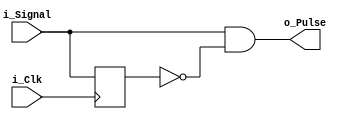
module Rising_Edge_Detector (
  input i_Clk,
  input i_Signal,
  output o_Pulse
  );
  
  reg r_Signal_1 = 1'b0;
  reg r_Output = 1'b0;
  
  always @(posedge i_Clk)
    r_Signal_1 <= i_Signal;
  
  assign o_Pulse = (i_Signal == 1'b1 && r_Signal_1 == 1'b0);
  
endmodule